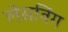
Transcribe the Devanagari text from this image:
लेसविंग